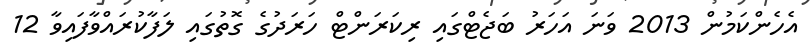
އެހެންކަމުން 2013 ވަނަ އަހަރު ބަޖެޓްގައި ރިކަރަންޓް ހަރަދުގެ ގޮތުގައި ލަފާކުރައްވާފައިވާ 12